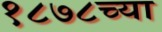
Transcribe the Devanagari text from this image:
१८७८च्या